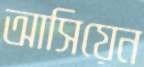
আসিয়েন